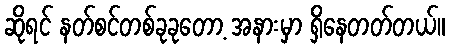
ဆိုရင် နတ်စင်တစ်ခုခုတော့ အနားမှာ ရှိနေတတ်တယ်။